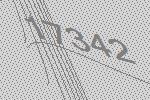
17342